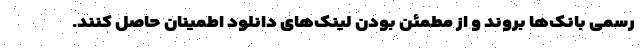
رسمی بانک‌ها بروند و از مطمئن بودن لینک‌های دانلود اطمینان حاصل کنند.